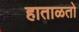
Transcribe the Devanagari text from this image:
हाताळतो